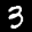
Label: 3